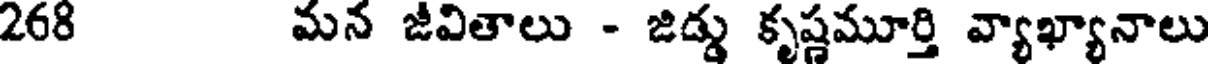
268 మన జీవితాలు - జిడ్డు కృష్ణమూర్తి వ్యాఖ్యానాలు